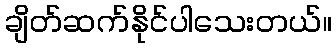
ချိတ်ဆက်နိုင်ပါသေးတယ်။